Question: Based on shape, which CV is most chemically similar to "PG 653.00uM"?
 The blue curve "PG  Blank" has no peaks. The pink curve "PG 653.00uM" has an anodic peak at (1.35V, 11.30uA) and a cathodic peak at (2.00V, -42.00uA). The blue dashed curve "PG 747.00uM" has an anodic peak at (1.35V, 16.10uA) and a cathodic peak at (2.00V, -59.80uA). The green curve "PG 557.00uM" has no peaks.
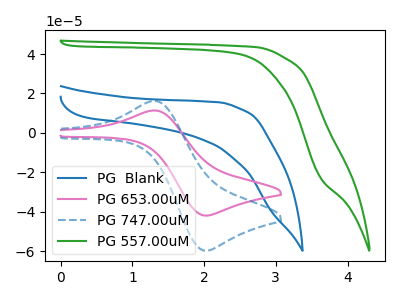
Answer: <think>"PG  Blank" and "PG 653.00uM" have a different number of peaks. "PG  Blank" and "PG 747.00uM" have a different number of peaks. Neither "PG  Blank" or "PG 557.00uM" have any peaks. All the peaks in "PG 653.00uM" have a peak in "PG 747.00uM" at the same potential. Every peak in "PG 653.00uM" is lower than every peak in "PG 747.00uM". "PG 653.00uM" and "PG 557.00uM" have a different number of peaks. "PG 747.00uM" and "PG 557.00uM" have a different number of peaks.
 </think>
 <answer>The CV with the most similar shape to "PG 747.00uM" is "PG 653.00uM".</answer>
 <eval>"PG 653.00uM"</eval>